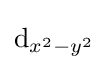
{\text{d}}_{x^{2}-y^{2}}